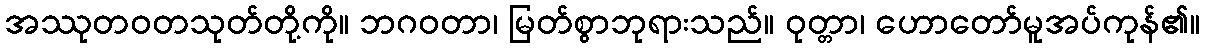
အဿုတဝတသုတ်တို့ကို။ ဘဂဝတာ၊ မြတ်စွာဘုရားသည်။ ဝုတ္တာ၊ ဟောတော်မူအပ်ကုန်၏။